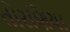
તોરણિયા